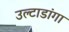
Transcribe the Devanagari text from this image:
उल्टाडांगा